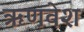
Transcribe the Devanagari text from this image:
ऋणवेश